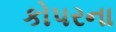
કોપરના